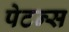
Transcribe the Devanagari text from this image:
पेटन्स